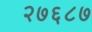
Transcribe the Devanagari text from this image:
२७६८७